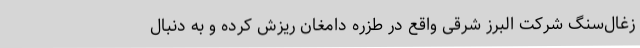
زغال‌سنگ شرکت البرز شرقی واقع در طزره دامغان ریزش کرده و به دنبال